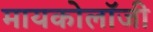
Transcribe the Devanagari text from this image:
मायकोलॉजी